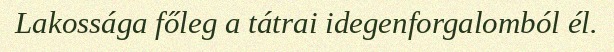
Lakossága főleg a tátrai idegenforgalomból él.